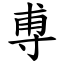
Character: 尃